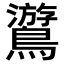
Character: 𪆎